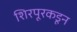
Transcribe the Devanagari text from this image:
शिरपूरकडून